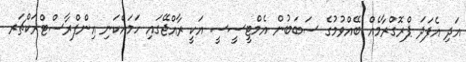
އަދި އެފަދަ ޕްރޮގްރާމެއް ބޭއްވުމުގެ ސަބަބުން އެމްޓީސީސީ އަކީ ރާއްޖޭގައި ހަމައެކަނި އިންފްރާސްޓްރަކްޗަރ